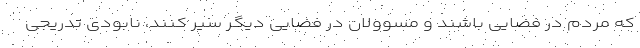
که مردم در فضایی باشند و مسوولان در فضایی دیگر سیر کنند، نابودی تدریجی